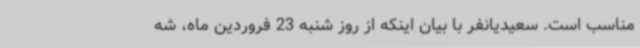
مناسب است. سعیدیانفر با بیان اینکه از روز شنبه 23 فروردین ماه، شه